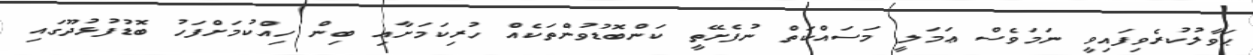
ޙަވާލުކުރެވިފައިވީ ނަމަވެސް ޢަމަލީ މަސައްކަތް ނުފެށޭތީ ކަންބޮޑުވުންތަކެއް ހުރިކަމަށާއި ބިން ހިއްކުމަށްފަހު ބޮޑުފުޅުދޫގައި